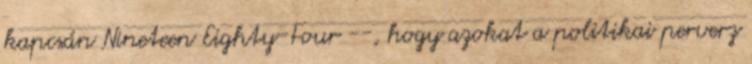
kapcsán Nineteen Eighty-Four --, hogy azokat a politikai perverz